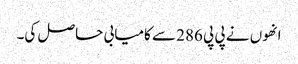
انھوں نے پی پی 286 سے کامیابی حاصل کی۔